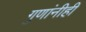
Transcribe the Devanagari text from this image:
गुणांनीही